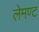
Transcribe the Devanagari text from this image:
लेमण्ट